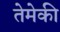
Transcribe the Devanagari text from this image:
तेमेकी